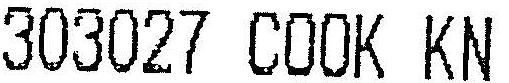
303027 COOK KN